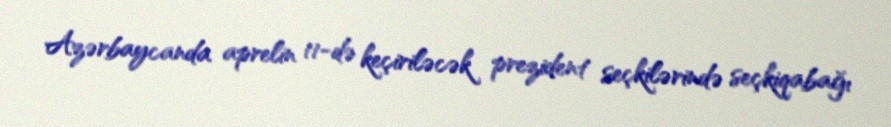
Azərbaycanda aprelin 11-də keçiriləcək prezident seçkilərində seçkiqabağı